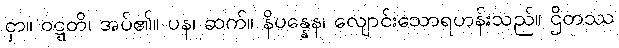
ငှာ။ ဝဋ္ဋတိ၊ အပ်၏။ ပန၊ ဆက်။ နိပန္နေန၊ လျောင်းသောရဟန်းသည်။ ဌိတဿ